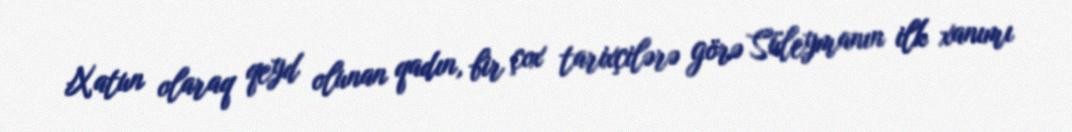
Xatun olaraq qeyd olunan qadın, bir çox tarixçilərə görə Süleymanın ilk xanımı